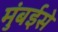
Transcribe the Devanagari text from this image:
मुंबईसे